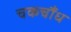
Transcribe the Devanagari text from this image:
चकचौंध